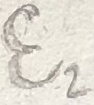
Text: E2